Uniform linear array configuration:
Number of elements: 8
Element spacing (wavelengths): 0.5
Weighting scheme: exponential
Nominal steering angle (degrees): -15
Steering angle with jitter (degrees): -16.748
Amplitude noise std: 0.05
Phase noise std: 0.05

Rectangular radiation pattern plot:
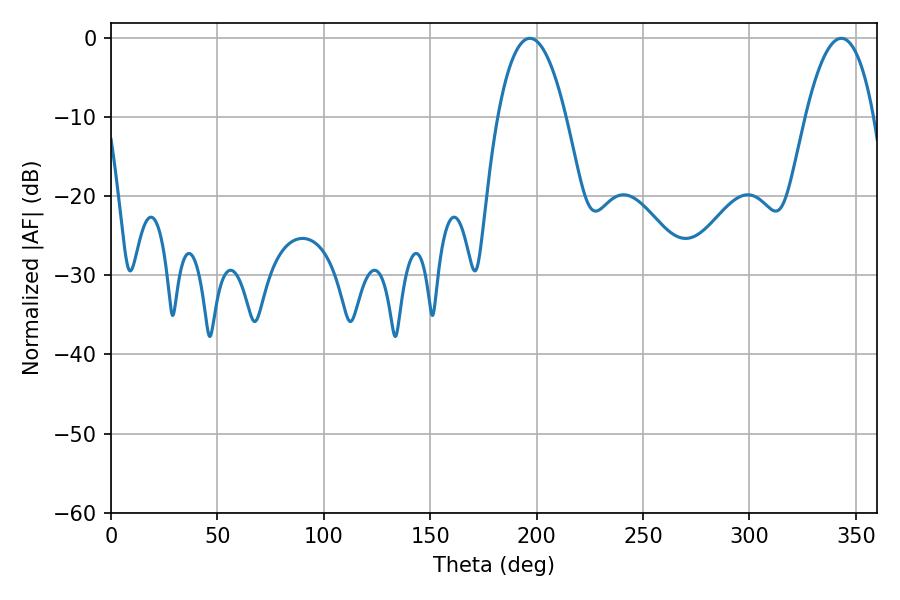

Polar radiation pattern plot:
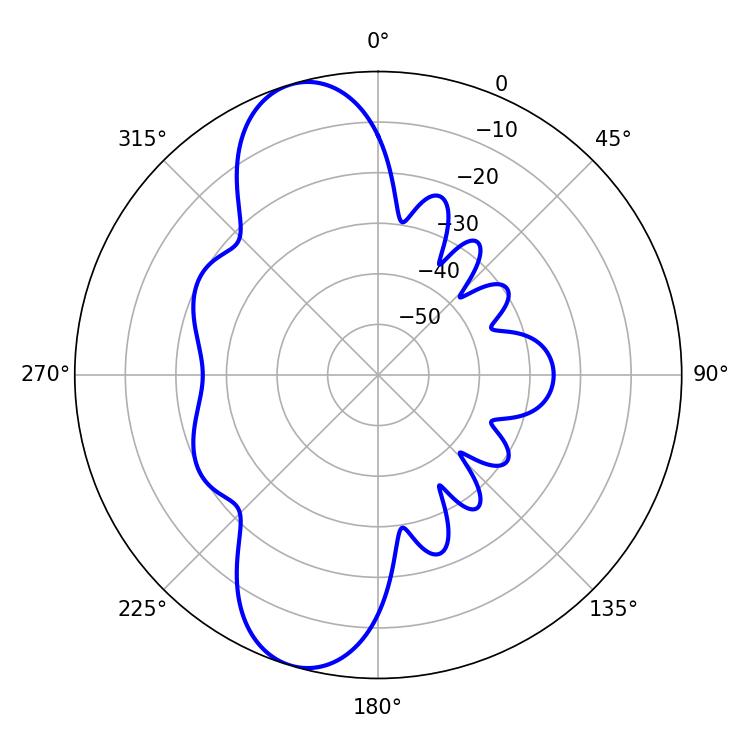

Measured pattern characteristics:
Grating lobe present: FALSE
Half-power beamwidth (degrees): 17.64
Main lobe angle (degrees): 196.74